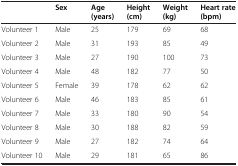
|  | Sex | Age (years) | Height (cm) | Weight (kg) | Heart rate (bpm) |
 | --- | --- | --- | --- | --- | --- |
 | Volunteer 1 | Male | 25 | 179 | 69 | 68 |
 | Volunteer 2 | Male | 31 | 193 | 85 | 49 |
 | Volunteer 3 | Male | 27 | 190 | 100 | 73 |
 | Volunteer 4 | Male | 48 | 182 | 77 | 50 |
 | Volunteer 5 | Female | 39 | 178 | 62 | 62 |
 | Volunteer 6 | Male | 46 | 183 | 85 | 61 |
 | Volunteer 7 | Male | 33 | 180 | 90 | 54 |
 | Volunteer 8 | Male | 30 | 188 | 82 | 59 |
 | Volunteer 9 | Male | 27 | 182 | 74 | 64 |
 | Volunteer 10 | Male | 29 | 181 | 65 | 86 |